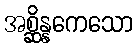
အစ္ဆိန္နကေသော